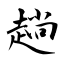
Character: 趟